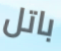
باتل